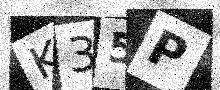
Text: K35P